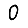
Digit: 0